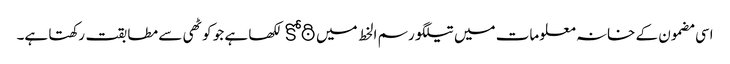
اسی مضمون کے خانہ معلومات میں تیلگو رسم الخط میں కోఠి لکھا ہے جو کوٹھی سے مطابقت رکھتا ہے۔